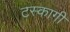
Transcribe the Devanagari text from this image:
टस्कागी